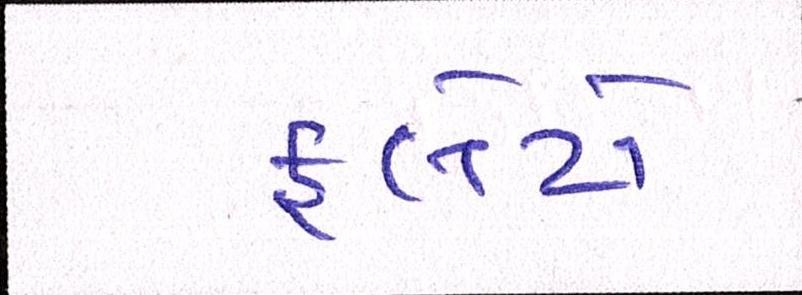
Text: ફ્લેટો